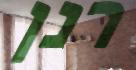
רנן